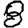
Digit: 8